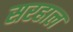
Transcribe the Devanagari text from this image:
सरहाल